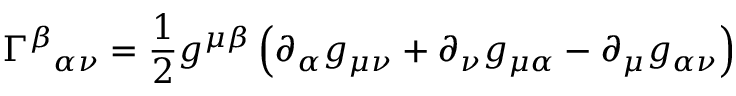
\Gamma ^ { \beta } { } _ { \alpha \nu } = { \frac { 1 } { 2 } } g ^ { \mu \beta } \left( \partial _ { \alpha } g _ { \mu \nu } + \partial _ { \nu } g _ { \mu \alpha } - \partial _ { \mu } g _ { \alpha \nu } \right)